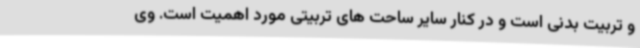
و تربیت بدنی است و در کنار سایر ساحت های تربیتی مورد اهمیت است. وی